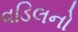
વડિલનો